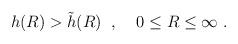
LaTeX: \begin{align*}h(R) > \tilde{h}(R) \; \; , \; \; \; \; 0 \le R \le \infty \; .\end{align*}